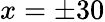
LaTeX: x=\pm 30